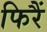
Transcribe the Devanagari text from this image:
फिरैं